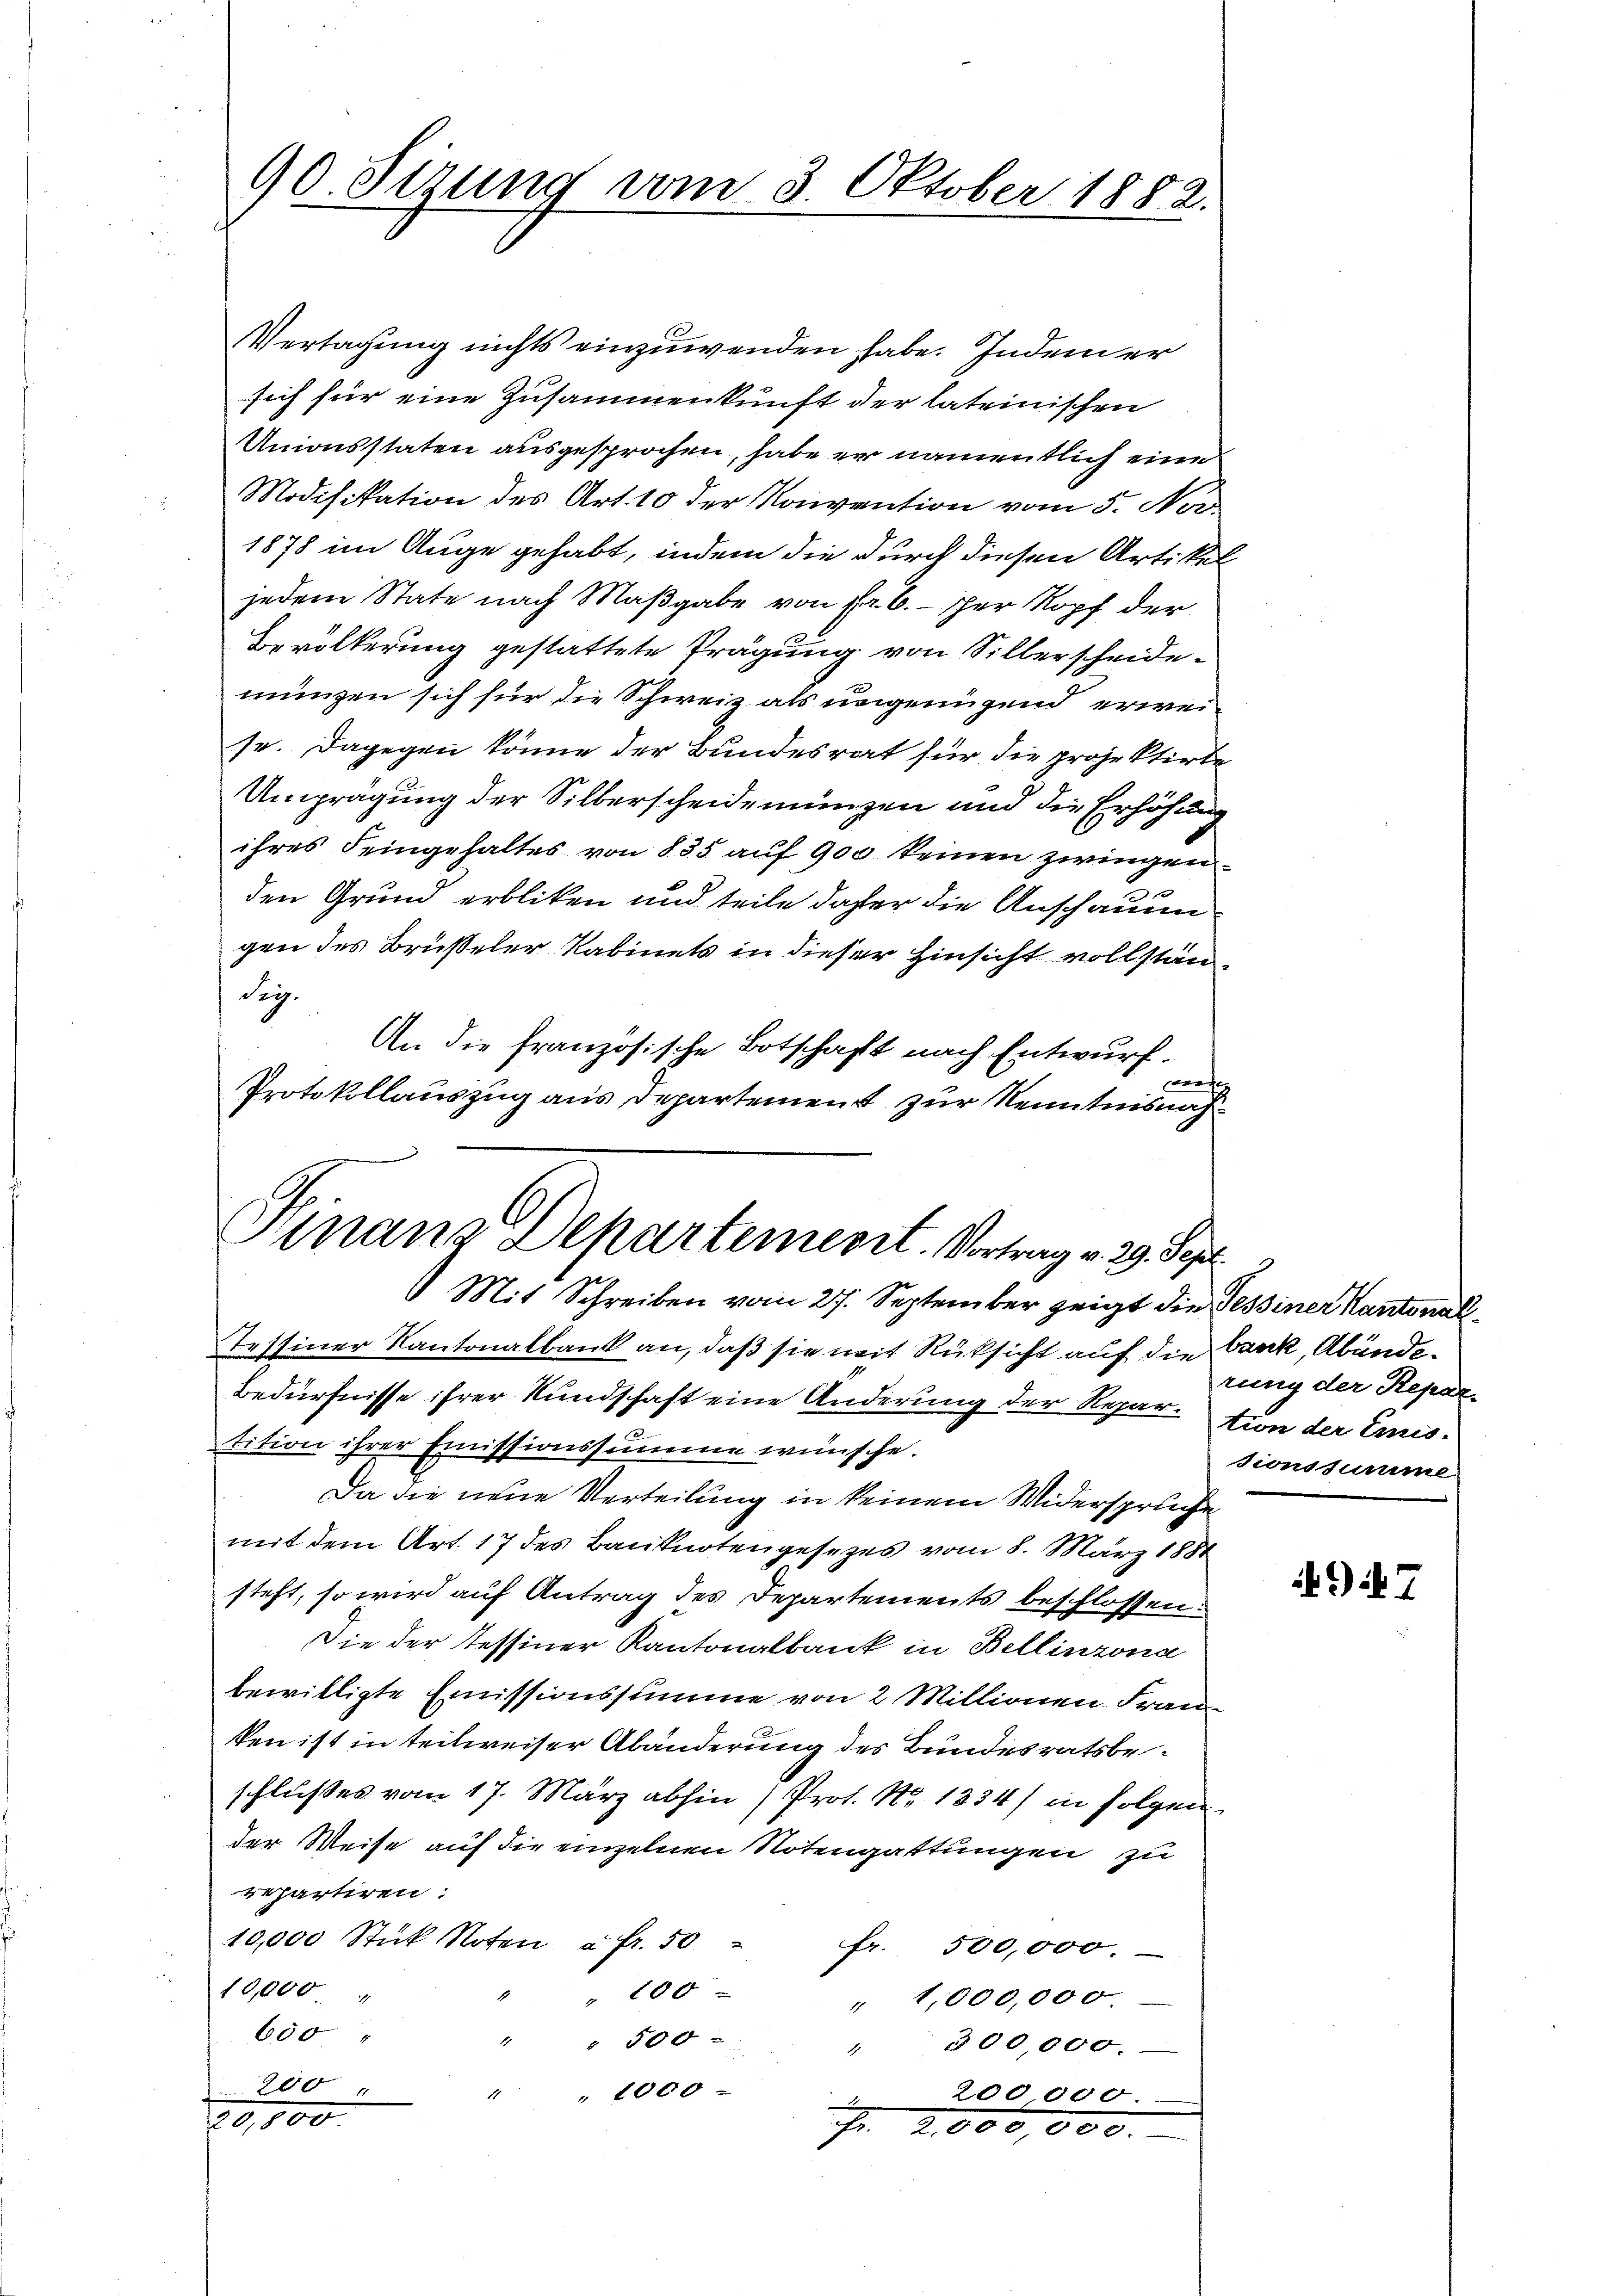
Vertagung nichts einzuwenden habe. Indem er
sich für eine Zusammenkunft der lateinischen
Anionsstaten ausgesprochen, habe er namentlich eine
Modifikation des Art. 10 der Konvention vom 5. Nor
1878 im Auge gehabt, indem die durch diesen Artikeljedem State nach Maßgabe von Fr. 6. her Kopf der
Bevölkerung gestattete Prägung von Silberscheidemungen sich für die Schweiz als ungenügend erweise. Dagegen könne der Bundesrat für die projektirte
Umprägung der Silberscheidemünzen und die Erhöhung
ihres Seingehaltes von 835 auf 900 keinen zwingen.
den Grund erbliken und teile daher die Anschauun
gen des Brüseler Kabinets in dieser Hinsicht vollständig.
An die französische Botschaft nach Entwurf.
e
Protokollauszug aus Departement zur Kenntnisnah¬

90. Sizung vom 3. Oktober 1882.

Hinanz Departement. Vortrag v. 29. Sept.

Mit Schreiben vom 27. September zeigt die Tessiner Kantonal
Tessiner Kantonalbank an, daß sie mit Rüksicht auf die Bank, Abände¬
Bedürfnisse ihrer Kundschaft eine Änderung der Reparation der Emistition ihrer Emissionssumme wünsche.
Da die neue Verteilung in keinem Widerspruche
mit dem Art. 17 des Banknotengesezes vom 8. März 1881
steht, so wird auf Antrag des Departements beschlossen:
Die der Tessiner Kantonalbank in Bellinzona
bewilligte Emissionssumme von 2 Millionen Frau
ken ist in teilweiser Abänderung des Bundesratsbeschlußes vom 17. März abhin) Prot. No 1234/ in folgen
der Weise auf die einzelnen Notengattungen zu
repartiren:
10,000 Stück Noten à Fr. 50 fr. 500,000.
10,000
" " 100
" 1,000,000.
600
" " 500
" 300,000.
200
" " 1000
200,000.
2
2100.
Fr. 2. 000,000.

rung der Repar-
sionssumme

49. 7